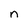
Character: n